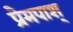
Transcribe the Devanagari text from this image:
प्रेमपाश्